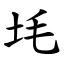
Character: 㘪